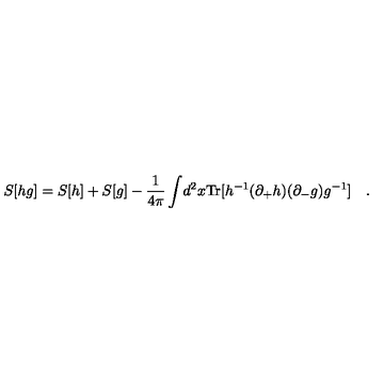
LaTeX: S [ h g ] = S [ h ] + S [ g ] - \frac { 1 } { 4 \pi } \int \! d ^ { 2 } x \mathrm { T r } [ h ^ { - 1 } ( \partial _ { + } h ) ( \partial _ { - } g ) g ^ { - 1 } ] \quad .